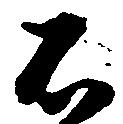
石